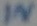
Text: IN